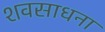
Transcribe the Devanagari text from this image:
शवसाधना